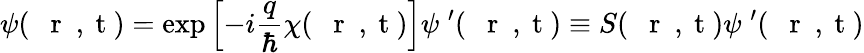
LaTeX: \psi(\mathrm{~{~\mathbf~r~}~,~t~})=\exp\left[-i\frac{q}{\hbar}\chi(\mathrm{~{~\mathbf~r~}~,~t~})\right]\psi^{\; \prime}(\mathrm{~{~\mathbf~r~}~,~t~})\equiv S(\mathrm{~{~\mathbf~r~}~,~t~})\psi^{\; \prime}(\mathrm{~{~\mathbf~r~}~,~t~})